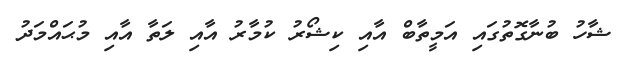
ޝާހު ބުނާގޮތުގައި އަމީތާބް އާއި ކިޝޯރު ކުމާރު އާއި ލަތާ އާއި މުޙައްމަދު